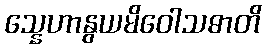
သ္နေဟာနွယမိဝေါသဓာတိ